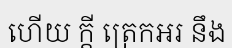
ហើយ ក្តី ត្រេកអរ នឹង